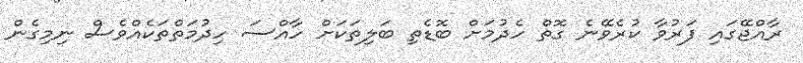
ރާއްޖޭގައި ފަރުވާ ކުރެވޭނެ ގޮތް ހެދުމަށް ބޮޑެތި ބަލިތަކަށް ހާއްސަ ހިދުމަތްތަކެއްވެސް ނިމިގެން